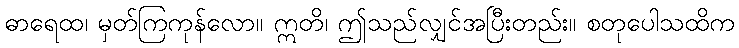
ဓာရေထ၊ မှတ်ကြကုန်လော။ ဣတိ၊ ဤသည်လျှင်အပြီးတည်း။ စတုပေါသထိက